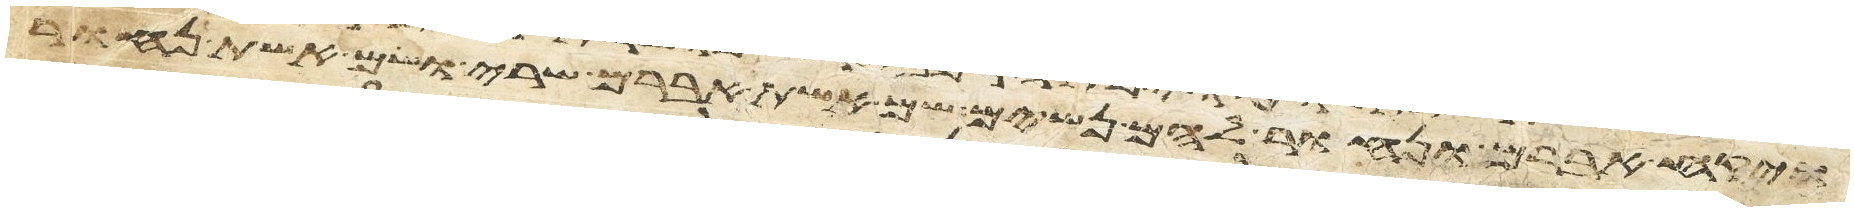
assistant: ויקח אברם ונחור להם נשים שם אשת אברם שרי ושם אשת נחור